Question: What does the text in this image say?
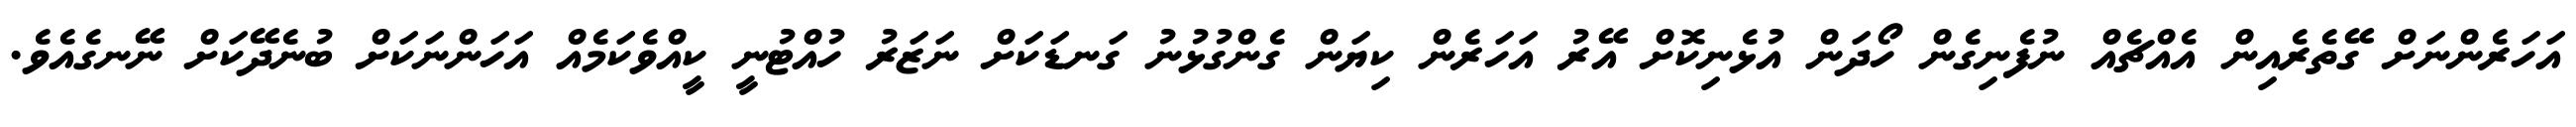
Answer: އަހަރެންނަށް ގޭތެރެއިން އެއްޗެއް ނުފެނިގެން ހޯދަން އުޅެނިކޮށް އޭރު އަހަރެން ކިޔަން ގެންގުޅުނު ގަނޑަކަށް ނަޒަރު ހުއްޓުނީ ކީއްވެކަމެއް އަހަންނަކަށް ބުނެދޭކަށް ނޭނގެއެވެ.